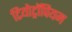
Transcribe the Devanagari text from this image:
टियोट्रॉपियम